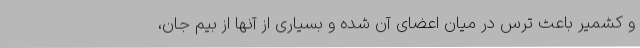
و کشمیر باعث ترس در میان اعضای آن شده و بسیاری از آنها از بیم جان،